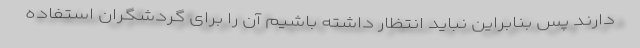
دارند پس بنابراین نباید انتظار داشته باشیم آن را برای گردشگران استفاده